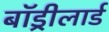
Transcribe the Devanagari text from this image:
बॉड्रीलार्ड